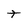
Character: t